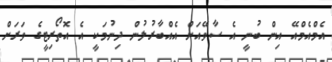
އެމްއެމްއޭ އިން ބުނީ އެ ސާވޭއަށް އެއްބާރުލުން ދިނުމަކީ އެ އޮތޯރިޓީގެ ވަރަށް